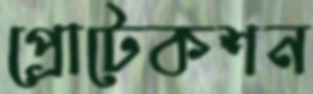
প্রোটেকশন